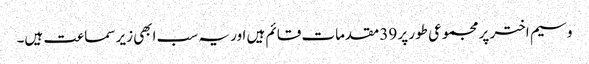
وسیم اختر پر مجموعی طور پر 39 مقدمات قائم ہیں اور یہ سب ابھی زیر سماعت ہیں۔